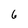
Character: 6